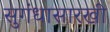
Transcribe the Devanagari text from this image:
सुगंधासारखी